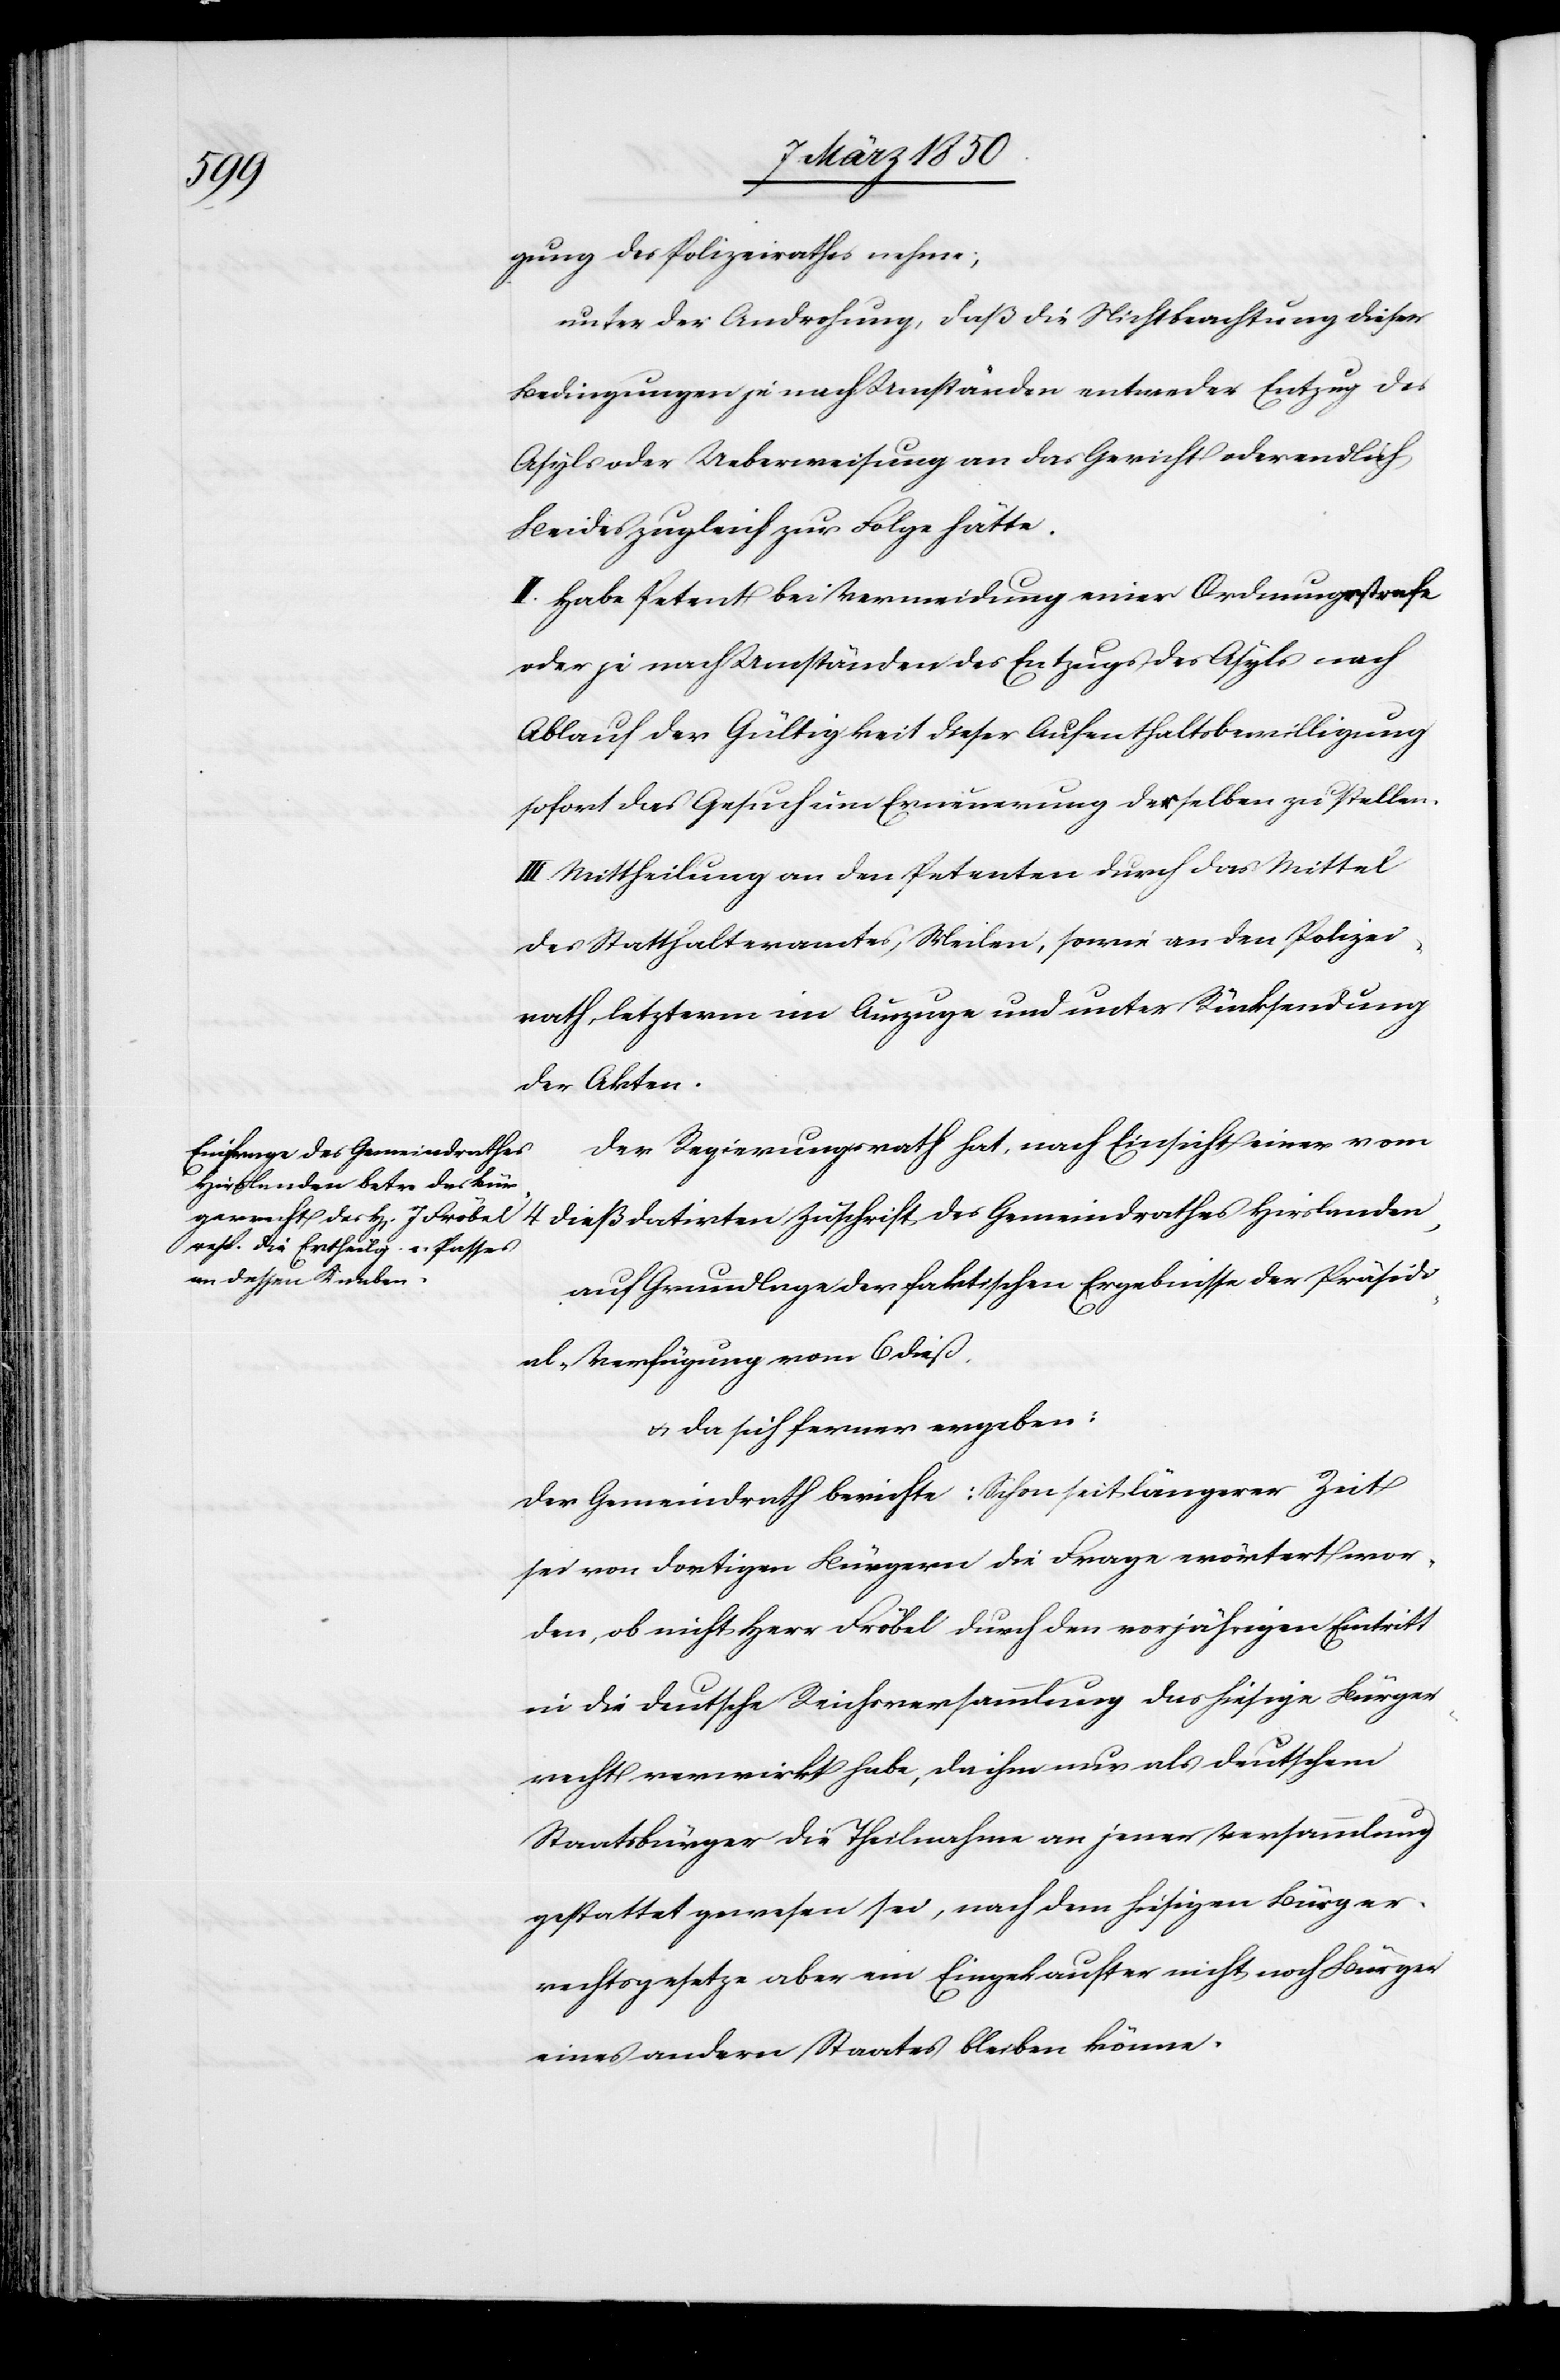
gung des Polizeirathes nehme;
unter der Androhung, daß die Nichtbeachtung dieser
Bedingungen je nach Umständen entweder Entzug des
Asyls oder Ueberweisung an das Gericht oder endlich
Beides zugleich zur Folge hätte.
II. Habe Petent bei Vermeidung einer Ordnungsstrafe
oder je nach Umständen des Entzugs des Asyls nach
Ablauf der Gültigkeit dieser Aufenthaltsbewilligung
sofort das Gesuch um Erneuerung derselben zu stellen.
III Mittheilung an den Petenten durch das Mittel
des Statthalteramtes Meilen, sowie an den Polizei¬
rath, letzterm im Auszuge und unter Rücksendung
der Akten.
Der Regierungsrath hat, nach Einsicht einer vom
4 dieß datirten Zuschrift des Gemeindrathes Hirslanden,
auf Grundlage der faktischen Ergebnisse der Präsidi¬
al-Verfügung vom 6. dieß
u. da sich ferner ergeben:
Der Gemeindrath berichte: Schon seit längerer Zeit
sei von dortigen Bürgern die Frage erörtert wor¬
den, ob nicht Herr Fröbel durch den vorjährigen Eintritt
in die deutsche Reichsversammlung das hiesige Bürger¬
recht verwirkt habe, da ihm nur als deutschem
Staatsbürger die Theilnahme an jener Versammlung
gestattet gewesen sei, nach dem hiesigen Bürger¬
rechtsgesetze aber ein Eingekaufter nicht noch Bürger
eines andern Staates bleiben könne.